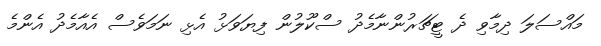
މައްސަލަ ދިމާވި ދެ ޓީޗަރުންނާމެދު ސްކޫލުން ފިޔަވަޅު އެޅި ނަމަވެސް އެއާމެދު އެންމެ